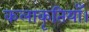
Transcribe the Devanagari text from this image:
कलाकृतियाँ।